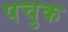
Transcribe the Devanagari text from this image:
पचुक